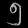
Digit: ၅